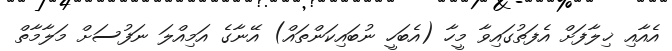
އެއާއި ޚިލާފަށް އެފަތުގައިވާ މީހާ (އެބަހީ ނުބައިކަންތައް) އޭނާގެ އަމިއްލަ ނަފުސަށް މަލާމާތް